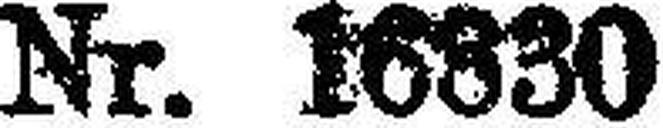
Nr. 16830